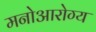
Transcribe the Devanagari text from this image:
मनोआरोग्य